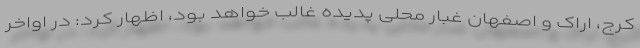
کرج، اراک و اصفهان غبار محلی پدیده غالب خواهد بود، اظهار کرد: در اواخر